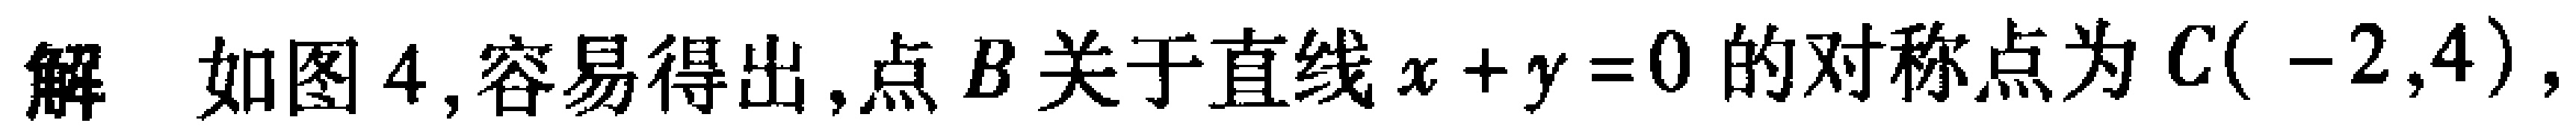
解 如图4,容易得出,点\(B\)关于直线\(x + y = 0\)的对称点为\(C(-2,4)\),